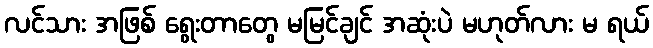
လင်သား အဖြစ် ရွေးတာတွေ မမြင်ချင် အဆုံးပဲ မဟုတ်လား မ ရယ်